Annual statistical returns and brief notes on vaccination in Bengal - 1909-1929
Year: 1909
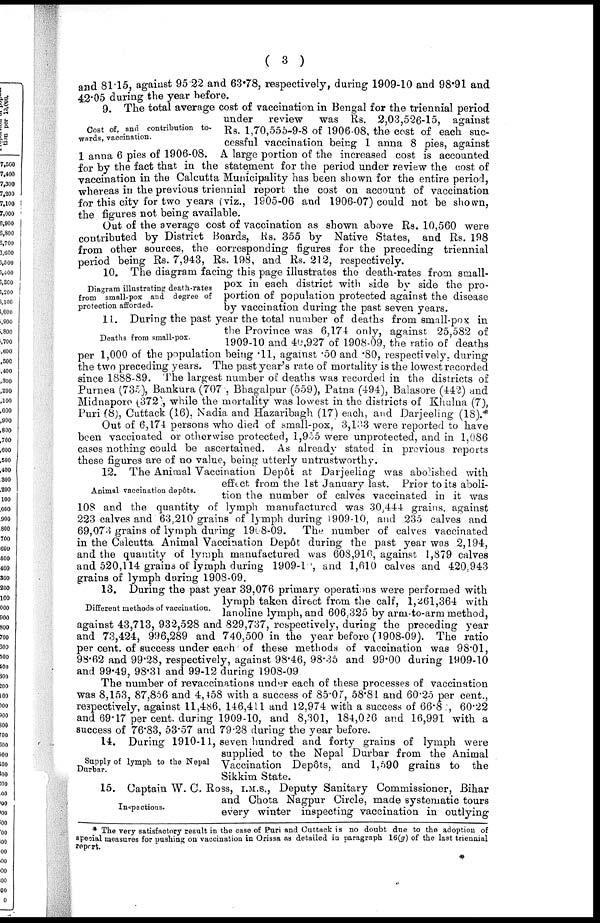
( 3 )
and 81.15, against 95.22 and 63.78, respectively, during 1909-10 and 98.91 and
42.05 during the year before.
Cost of, and contribution to¬
wards, vaccination.
9. The total average cost of vaccination in Bengal for the triennial period
under review was Rs. 2,03,526-15, against
Rs. 1,70,555-9-8 of 1906-08, the cost of each suc-
cessful vaccination being 1 anna 8 pies, against
1 anna 6 pies of 1906-08. A large portion of the increased cost is accounted
for by the fact that in the statement for the period under review the cost of
vaccination in the Calcutta Municipality has been shown for the entire period,
whereas in the previous triennial report the cost on account of vaccination
for this city for two years (viz., 1905-06 and 1906-07) could not be shown,
the figures not being available.
Out of the average cost of vaccination as shown above Rs. 10,560 were
contributed by District Boards, Rs. 355 by Native States, and Rs. 198
from other sources, the corresponding figures for the preceding triennial
period being Rs. 7,943, Rs. 198, and Rs. 212, respectively.
Diagram illustrating death-rates
from small-pox and degree of
protection afforded.
10. The diagram facing this page illustrates the death-rates from small-
pox in each district with side by side the pro-
portion of population protected against the disease
by vaccination during the past seven years.
Deaths from small-pox.
11. During the past year the total number of deaths from small-pox in
the Province was 6,174 only, against 25,582 of
1909-10 and 40,927 of 1908-09, the ratio of deaths
per 1,000 of the population being .11, against .50 and .80, respectively, during
the two preceding years. The past year's rate of mortality is the lowest recorded
since 1888-89. The largest number of deaths was recorded in the districts of
Purnea (735), Bankura (707), Bhagalpur (559), Patna (494), Balasore (442) and
Midnapore (372) while the mortality was lowest in the districts of Khulna (7),
Puri (8), Cuttack (16), Nadia and Hazaribagh (17) each, and Darjeeling (18).*
Out of 6,174 persons who died of small-pox, 3,133 were reported to have
been vaccinated or otherwise protected, 1,955 were unprotected, and in 1,086
cases nothing could be ascertained. As already stated in previous reports
these figures are of no value, being utterly untrustworthy.
Animal vaccination depôts.
12. The Animal Vaccination Depôt at Darjeeling was abolished with
effect from the 1st January last. Prior to its aboli-
tion the number of calves vaccinated in it was
108 and the quantity of lymph manufactured was 30,444 grains, against
223 calves and 63,210 grains of lymph during 1909-10, and 235 calves and
69,073 grains of lymph during 1908-09. The number of calves vaccinated
in the Calcutta Animal Vaccination Depôt during the past year was 2,194,
and the quantity of lymph manufactured was 608,916, against 1,879 calves
and 520,114 grains of lymph during 1909-10, and 1,610 calves and 420,943
grains of lymph during 1908-09.
Different methods of vaccination.
13. During the past year 39,076 primary operations were performed with
lymph taken direct from the calf, 1,261,364 with
lanoline lymph, and 606,325 by arm-to-arm method,
against 43,713, 932,528 and 829,737, respectively, during the preceding year
and 73,424, 996,289 and 740,500 in the year before (1908-09). The ratio
per cent. of success under each of these methods of vaccination was 98.01,
98.62 and 99.28, respectively, against 98.46, 98.35 and 99.00 during 1909-10
and 99.49, 98.31 and 99.12 during 1908-09
The number of revaccinations under each of these processes of vaccination
was 8,153, 87,856 and 4,458 with a success of 85.07, 58.81 and 60.25 per cent.,
respectively, against 11,486, 146,411 and 12,974 with a success of 66.82, 60.22
and 69.17 per cent. during 1909-10, and 8,301, 184,026 and 16,991 with a
success of 76.83, 53.57 and 79.28 during the year before.
Supply of lymph to the Nepal
Durbar.
14. During 1910-11, seven hundred and forty grains of lymph were
supplied to the Nepal Durbar from the Animal
Vaccination Depôts, and 1,590 grains to the
Sikkim State.
Inspections.
15. Captain W. C. Ross, I.M.S., Deputy Sanitary Commissioner, Bihar
and Chota Nagpur Circle, made systematic tours
every winter inspecting vaccination in outlying
* The very satisfactory result in the case of Puri and Cuttack is no doubt due to the adoption of
special measures for pushing on vaccination in Orissa as detailed in paragraph 16(g) of the last triennial
report.
*